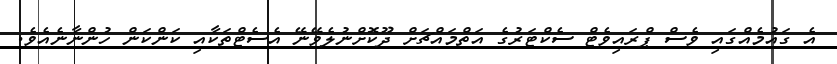
އެ ގައުމެއްގައި ވެސް ޕްރައިވެޓް ސެކްޓަރުގެ އަތްމައްޗަށް ދޫކޮށްނުލެވޭނޭ އެސެޓްތަކާއި ކަންކަން ހުންނާނެއެވެ.